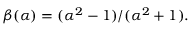
\beta ( \alpha ) = ( \alpha ^ { 2 } - 1 ) / ( \alpha ^ { 2 } + 1 ) .